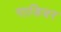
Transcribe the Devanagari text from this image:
गाडिवर